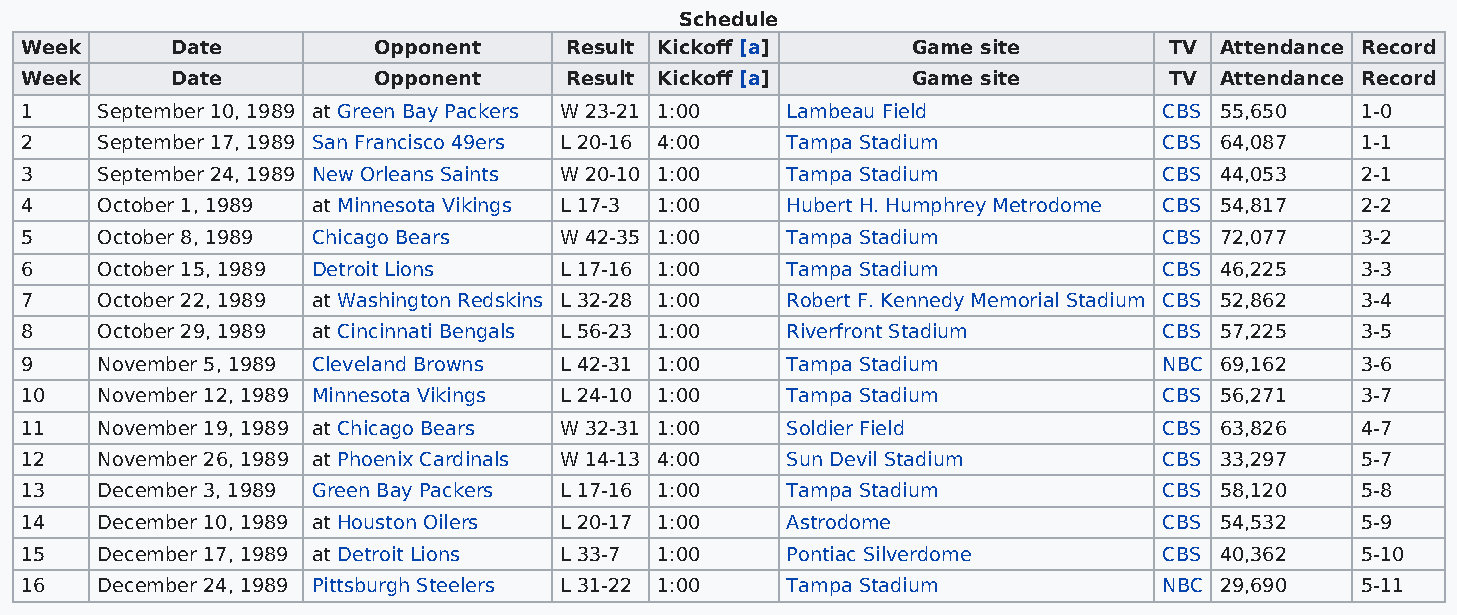
Schedule
 Week      Date          Opponent    Result Kickoff [a]     Game site        TV  Attendance Record
 Week      Date          Opponent    Result Kickoff [a]     Game site        TV  Attendance Record
 1    September 10, 1989 at Green Bay Packers W 23-21 1:00 Lambeau Field     CBS 55,650   1-0
 2    September 17, 1989 San Francisco 49ers L 20-16 4:00 Tampa Stadium      CBS 64,087   1-1
 3    September 24, 1989 New Orleans Saints W 20-10 1:00 Tampa Stadium       CBS 44,053   2-1
 4    October 1, 1989 at Minnesota Vikings L 17-3 1:00 Hubert H. Humphrey Metrodome CBS 54,817 2-2
 5    October 8, 1989 Chicago Bears  W 42-35 1:00   Tampa Stadium            CBS 72,077   3-2
 6    October 15, 1989 Detroit Lions L 17-16 1:00   Tampa Stadium            CBS 46,225   3-3
 7    October 22, 1989 at Washington Redskins L 32-28 1:00 Robert F. Kennedy Memorial Stadium CBS 52,862 3-4
 8    October 29, 1989 at Cincinnati Bengals L 56-23 1:00 Riverfront Stadium CBS 57,225   3-5
 9    November 5, 1989 Cleveland Browns L 42-31 1:00 Tampa Stadium           NBC 69,162   3-6
 10   November 12, 1989 Minnesota Vikings L 24-10 1:00 Tampa Stadium         CBS 56,271   3-7
 11   November 19, 1989 at Chicago Bears W 32-31 1:00 Soldier Field          CBS 63,826   4-7
 12   November 26, 1989 at Phoenix Cardinals W 14-13 4:00 Sun Devil Stadium  CBS 33,297   5-7
 13   December 3, 1989 Green Bay Packers L 17-16 1:00 Tampa Stadium          CBS 58,120   5-8
 14   December 10, 1989 at Houston Oilers L 20-17 1:00 Astrodome             CBS 54,532   5-9
 15   December 17, 1989 at Detroit Lions L 33-7 1:00 Pontiac Silverdome      CBS 40,362   5-10
 16   December 24, 1989 Pittsburgh Steelers L 31-22 1:00 Tampa Stadium       NBC 29,690   5-11